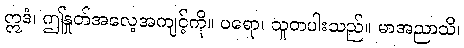
ဣဒံ၊ ဤနှုတ်အလေ့အကျင့်ကို။ ပရော၊ သူတပါးသည်။ မာအညာသိ၊